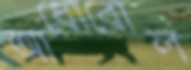
আধোবোল